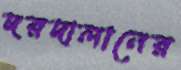
দরদালানের